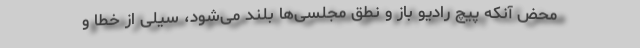
محض آنکه پیچ رادیو باز و نطق مجلسی‌ها بلند می‌شود، سیلی از خطا و